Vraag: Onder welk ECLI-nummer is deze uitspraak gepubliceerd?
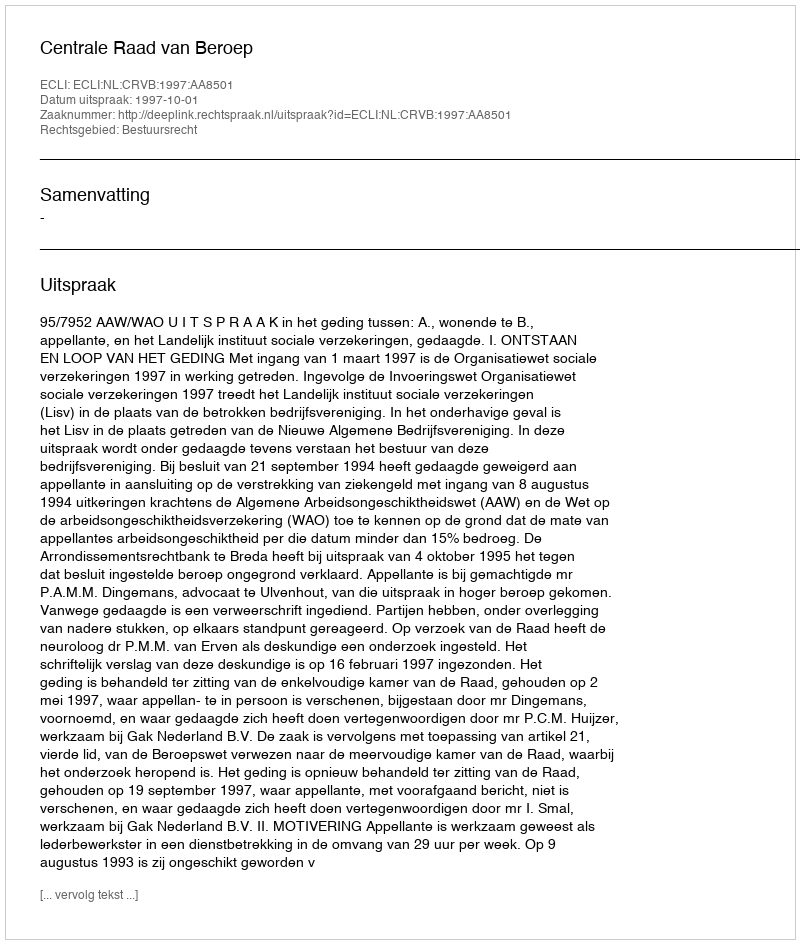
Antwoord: ECLI:NL:CRVB:1997:AA8501